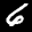
Label: 6